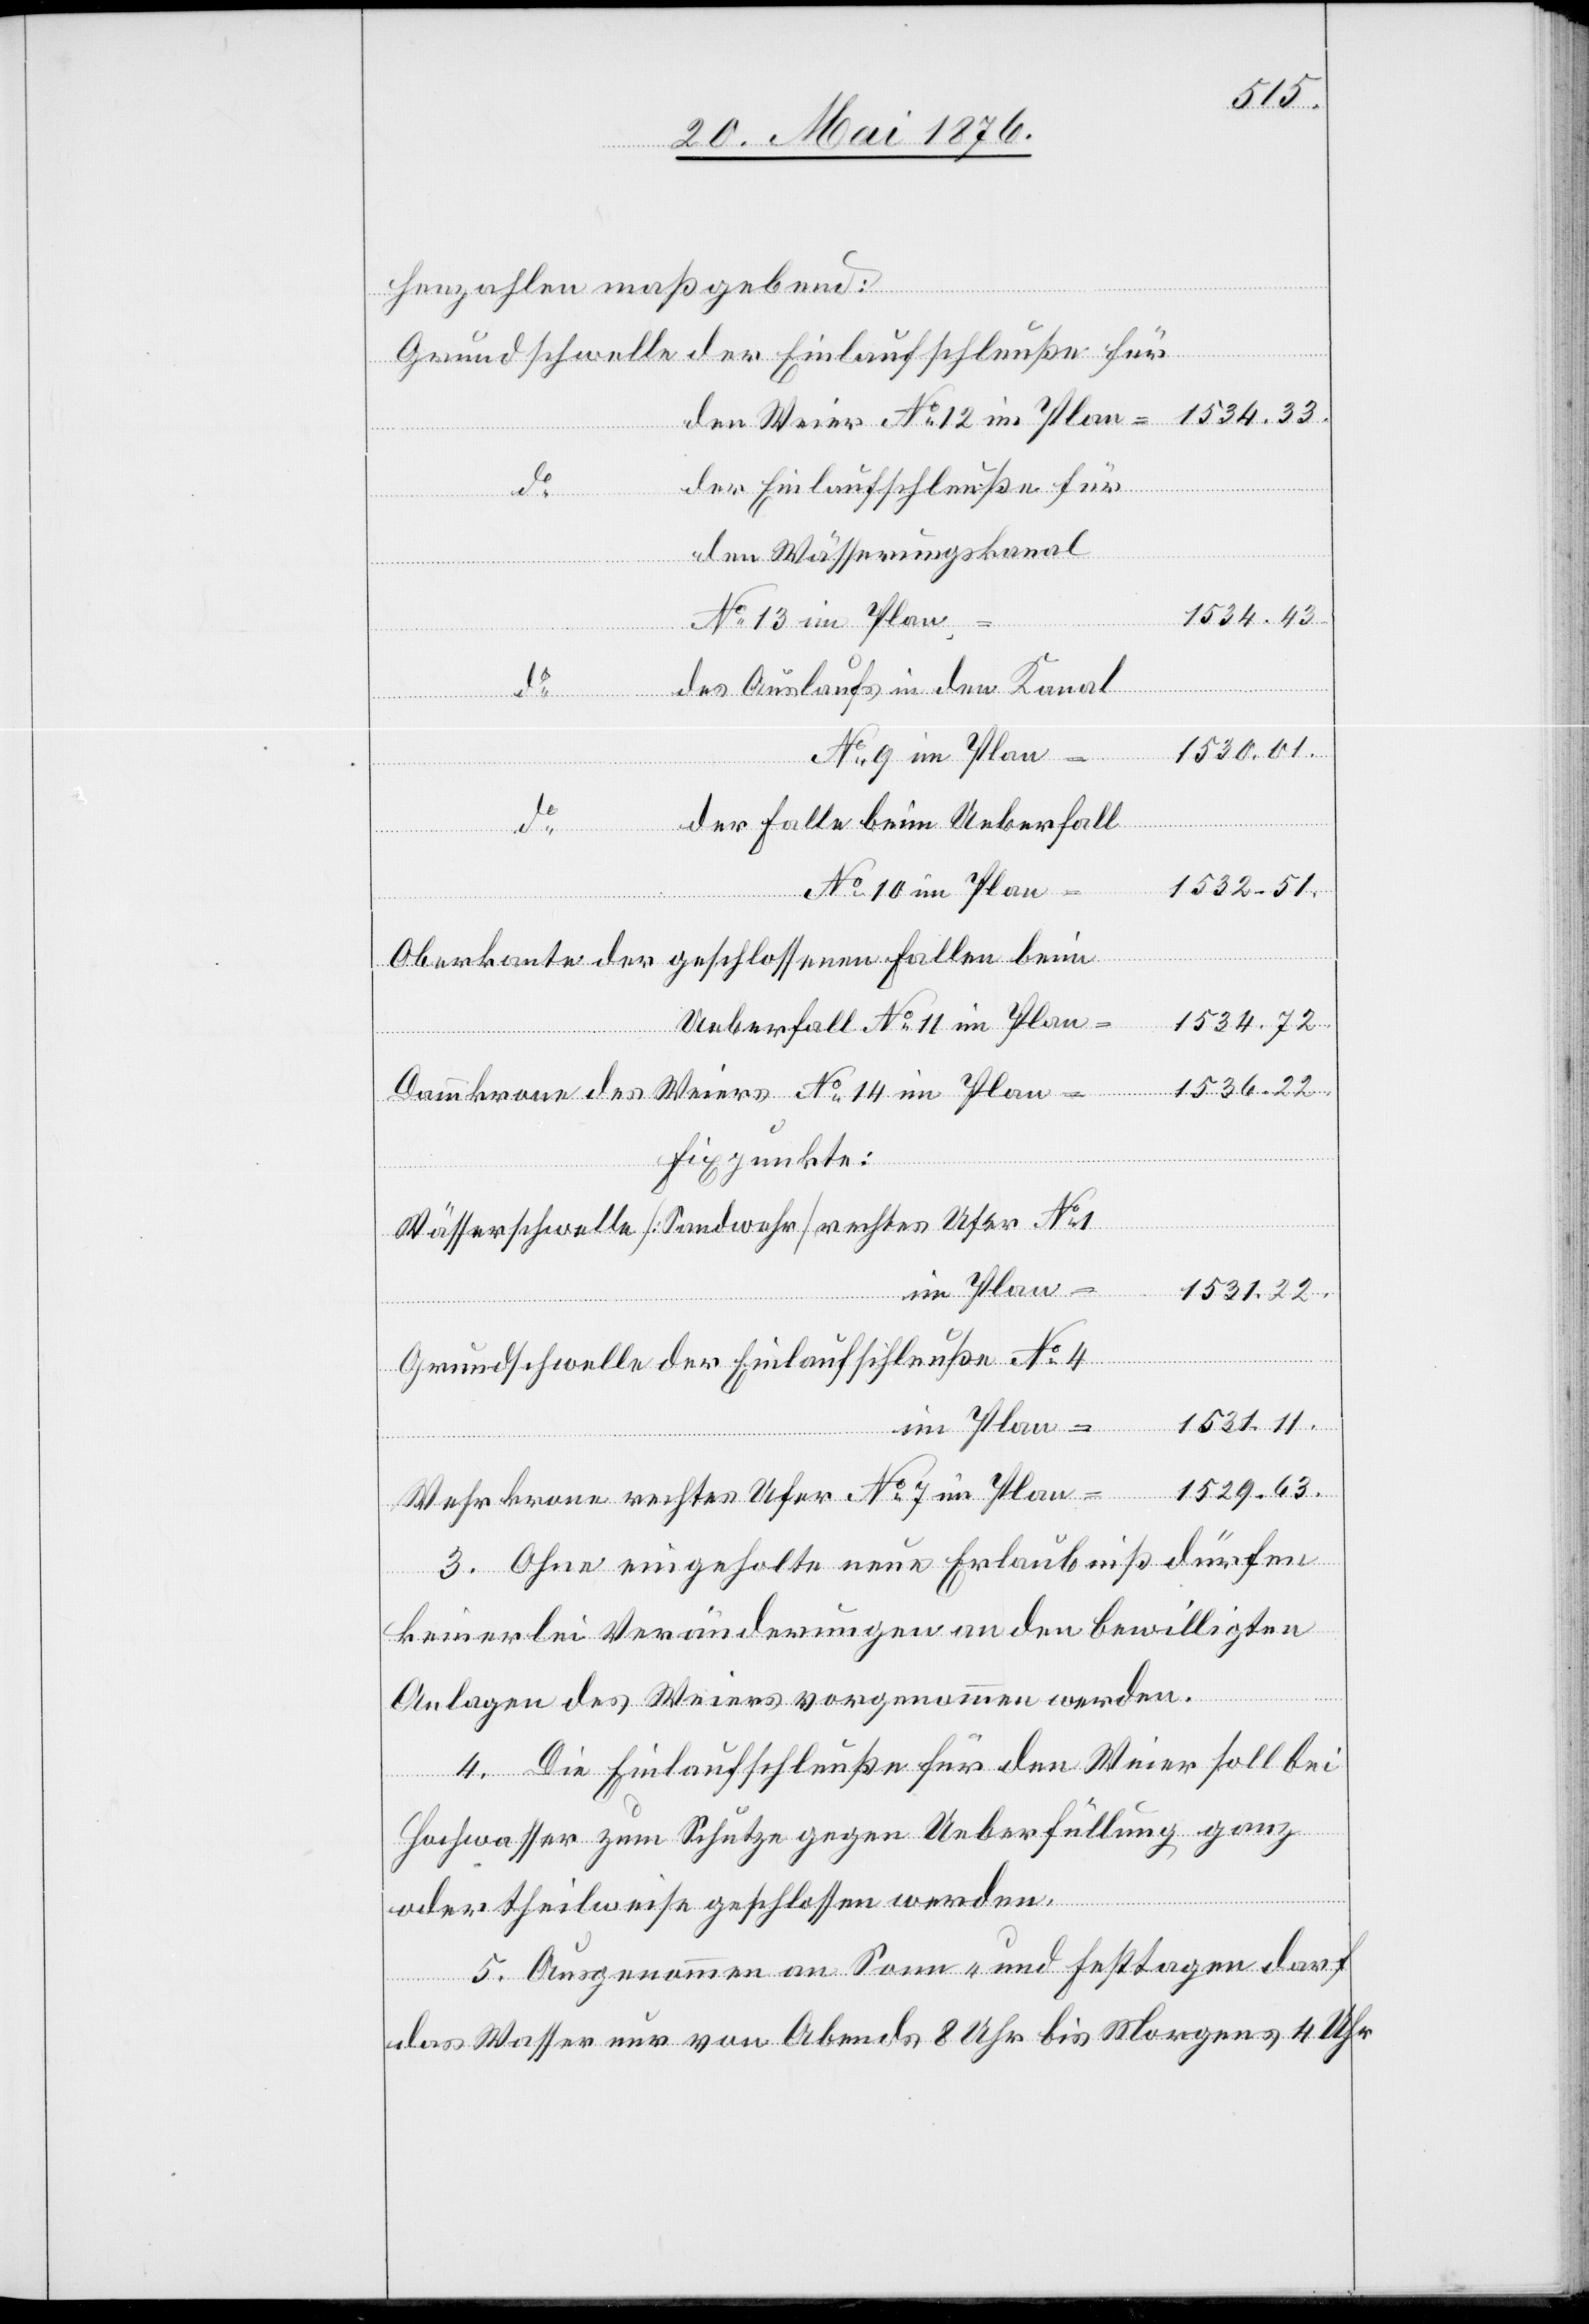
henzahlen maßgebend:
der Einlaufschleuße No
den Wässerungskanal
rech¬
1529.63.
No 13 im Plan
Wehrk¬
des Auslaufs in den Kanal
1530.01.
No 9 im Plan
der Falle beim Ueberfall
1532.51.
No 7 im Plan
Ufer
1531.11.
Ueberfall No 11 im Plan
rone
Fixpunkte:
im Plan
1531.22.
3. Ohne eingeholte neue Erlaubniß dürfen
keinerlei Veränderungen an den bewilligten
do
Anlagen des Weiers vorgenommen werden.
4. Die Einlaufschleuße für den Weier soll bei
Hochwasser zum Schutze gegen Ueberfüllung ganz
oder theilweise geschlossen werden.
5. Ausgenommen an Sonn- und Festtagen darf
das Wasser nur von Abends 8 Uhr bis Morgens 4 Uhr